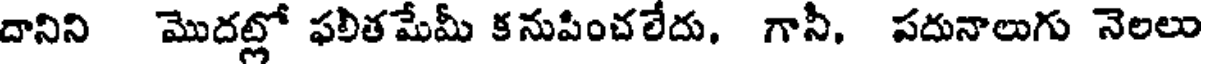
దానిని మొదల్లో ఫలీతమేమీ కనుపించలేదు, గానీ, పదునాలుగు నెలలు